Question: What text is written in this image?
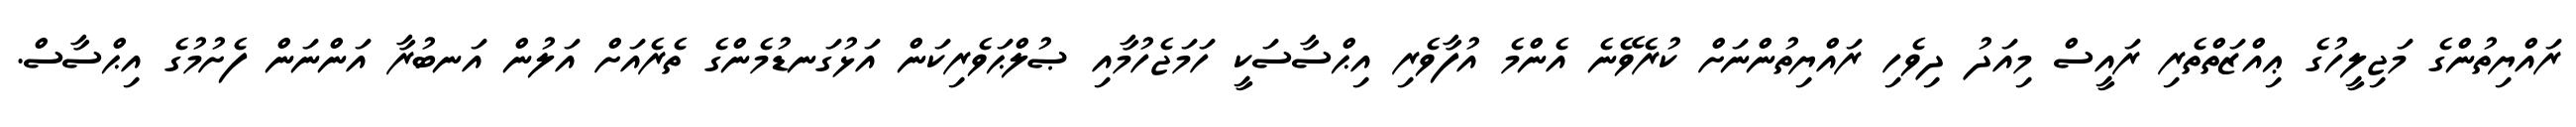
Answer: ރައްޔިތުންގެ މަޖިލީހުގެ ޢިއްޒަތްތެރި ރައީސް މިއަދު ދިވެހި ރައްޔިތުންނަށް ކުރެވޭނެ އެންމެ އުފާވެރި އިޙްސާސަކީ ހަމަޖެހުމާއި ޞުލްޙަވެރިކަން އަޅުގަނޑުމެންގެ ތެރެއަށް އަލުން އަނބުރާ އަންނަން ފެށުމުގެ އިޙްސާސް.